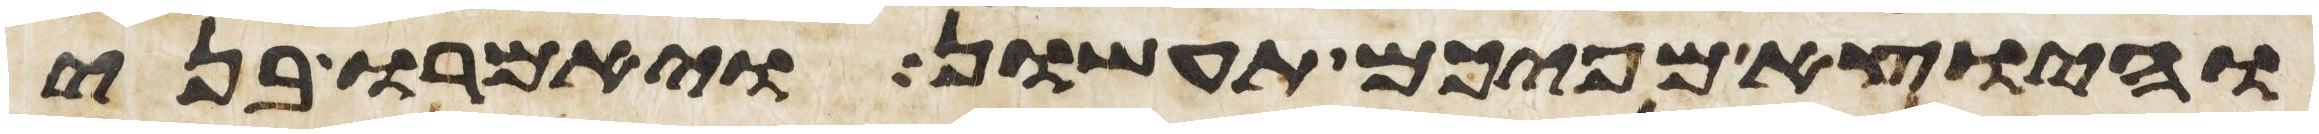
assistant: והיוצא מפיכם תעשון ויאמרו בני